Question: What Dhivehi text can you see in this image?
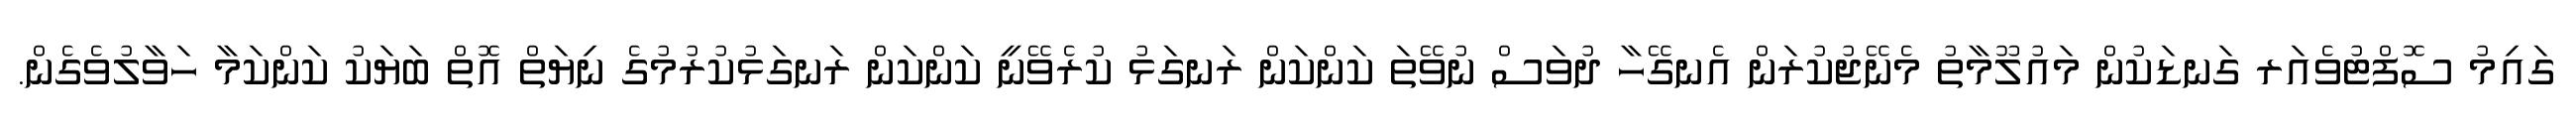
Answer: ގައިމު ސޮފްޓުވެއަރ ގަނޑަކުން މައުލޫމާތު މެނޭޖުކުރަން އެނގޭހާ ދުވަސް ނުވޭތަ ކަންކަން ރަނގަޅު ކުރެވޭނީ ކަންކަން ރަނގަޅުކުރުމުގެ ނިޔަތް އޮތް ބަޔަކު ކަންކަމާ ހަވާލުވެގެން.